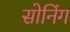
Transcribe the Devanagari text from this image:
सोनिंग